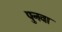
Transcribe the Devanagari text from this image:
पुनवा